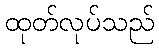
ထုတ်လုပ်သည်